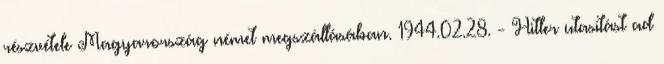
részvétele Magyarország német megszállásában. 1944.02.28. - Hitler utasítást ad